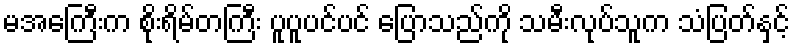
မအေကြီးက စိုးရိမ်တကြီး ပူပူပင်ပင် ပြောသည်ကို သမီးလုပ်သူက သံပြတ်နှင့်